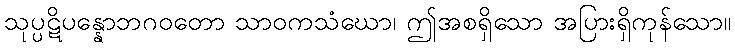
သုပ္ပဋိပန္နောဘဂဝတော သာဝကသံဃော၊ ဤအစရှိသော အပြားရှိကုန်သော။